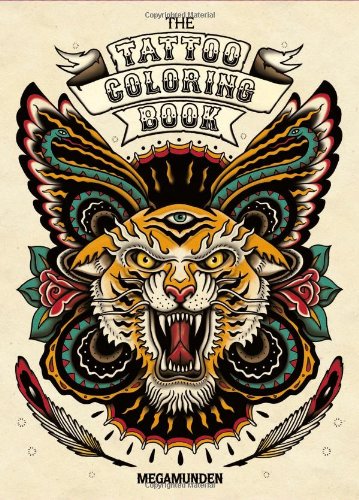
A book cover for Tattoo Coloring Book; Oliver Munden; Arts & Photography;